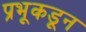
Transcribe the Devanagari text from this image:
प्रभूकडून